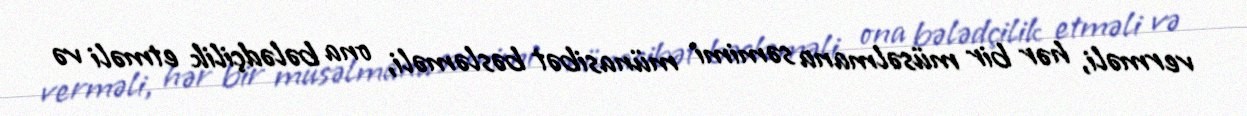
verməli, hər bir müsəlmana səmimi münasibət bəsləməli, ona bələdçilik etməli və